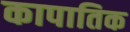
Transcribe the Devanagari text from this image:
कापातिक